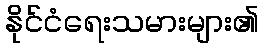
နိုင်ငံရေးသမားများ၏